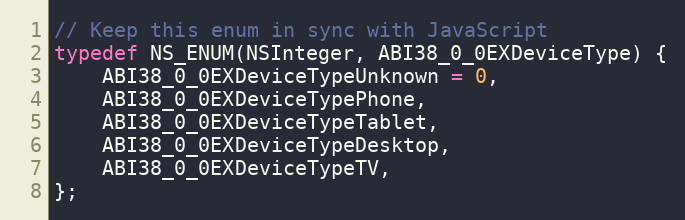
Language: C
// Keep this enum in sync with JavaScript
typedef NS_ENUM(NSInteger, ABI38_0_0EXDeviceType) {
    ABI38_0_0EXDeviceTypeUnknown = 0,
    ABI38_0_0EXDeviceTypePhone,
    ABI38_0_0EXDeviceTypeTablet,
    ABI38_0_0EXDeviceTypeDesktop,
    ABI38_0_0EXDeviceTypeTV,
};